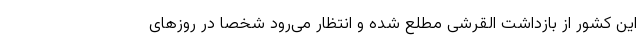
این کشور از بازداشت القرشی مطلع شده و انتظار می‌رود شخصاً در روزهای